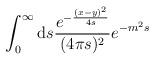
LaTeX: \begin{align*}\int_0^\infty\mathrm{d}s\frac{e^{-\frac{(x-y)^2}{4s}}}{(4\pi s)^2}e^{-m^2s}\end{align*}